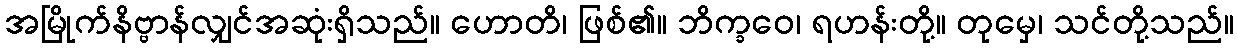
အမြိုက်နိဗ္ဗာန်လျှင်အဆုံးရှိသည်။ ဟောတိ၊ ဖြစ်၏။ ဘိက္ခဝေ၊ ရဟန်းတို့။ တုမှေ၊ သင်တို့သည်။